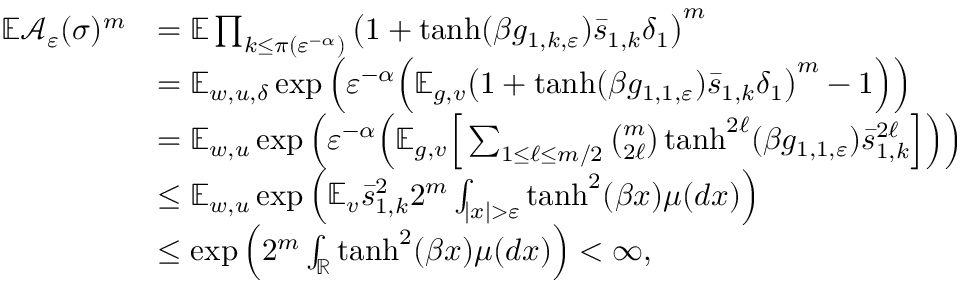
\begin{array} { r l } { \mathbb E \mathcal { A } _ { \varepsilon } ( \sigma ) ^ { m } } & { = \mathbb E \prod _ { k \le \pi ( \varepsilon ^ { - \alpha } ) } \big ( 1 + \operatorname { t a n h } ( \beta g _ { 1 , k , \varepsilon } ) \bar { s } _ { 1 , k } \delta _ { 1 } \big ) ^ { m } } \\ & { = \mathbb E _ { w , u , \delta } \exp \Big ( \varepsilon ^ { - \alpha } \Big ( \mathbb E _ { g , v } \big ( 1 + \operatorname { t a n h } ( \beta g _ { 1 , 1 , \varepsilon } ) \bar { s } _ { 1 , k } \delta _ { 1 } \big ) ^ { m } - 1 \Big ) \Big ) } \\ & { = \mathbb E _ { w , u } \exp \Big ( \varepsilon ^ { - \alpha } \Big ( \mathbb E _ { g , v } \Big [ \sum _ { 1 \le \ell \le m / 2 } { \binom { m } { 2 \ell } } \operatorname { t a n h } ^ { 2 \ell } ( \beta g _ { 1 , 1 , \varepsilon } ) \bar { s } _ { 1 , k } ^ { 2 \ell } \Big ] \Big ) \Big ) } \\ & { \le \mathbb E _ { w , u } \exp \Big ( \mathbb E _ { v } \bar { s } _ { 1 , k } ^ { 2 } 2 ^ { m } \int _ { | x | > \varepsilon } \operatorname { t a n h } ^ { 2 } ( \beta x ) \mu ( d x ) \Big ) } \\ & { \le \exp \Big ( 2 ^ { m } \int _ { \mathbb { R } } \operatorname { t a n h } ^ { 2 } ( \beta x ) \mu ( d x ) \Big ) < \infty , } \end{array}